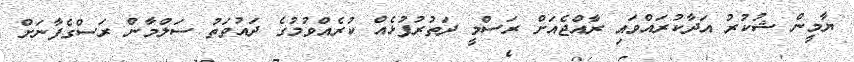
ޔާމީން ޝުކުރު އަދާކުރައްވައި ރާއްޖެއަށް ރަސްމީ ދަތުރުފުޅެއް ކުރެއްވުމުގެ ދައުވަތު ސަލްމާން ރަސްގެފާނަށް